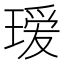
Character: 瑷